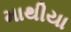
માથીયા